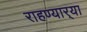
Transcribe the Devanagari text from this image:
राहण्यार्‍या